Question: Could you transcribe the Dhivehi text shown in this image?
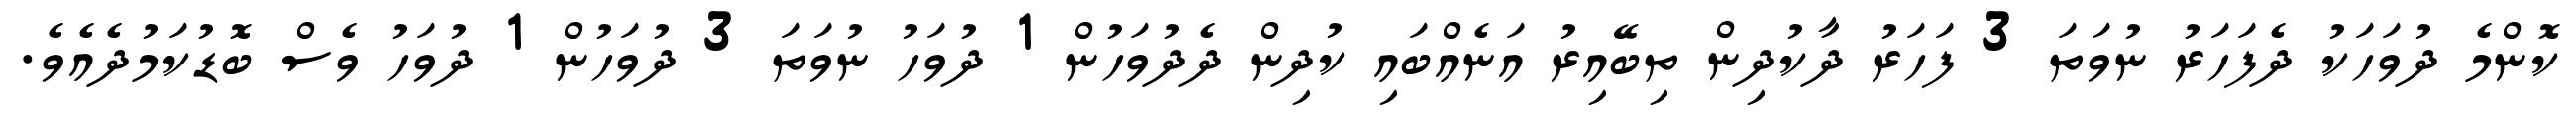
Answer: ކޮންމެ ދުވަހަކު ދެފަހަރު ނުވަތަ 3 ފަހަރު ދާކުދިން ތިބޭއިރު އަނެއްބައި ކުދިން ދެދުވަހުން 1 ދުވަހު ނުވަތަ 3 ދުވަހުން 1 ދުވަހު ވެސް ބޮޑުކަމުދެއެވެ.